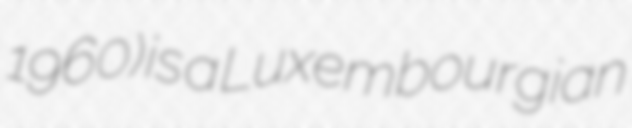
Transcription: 1960) is a Luxembourgian